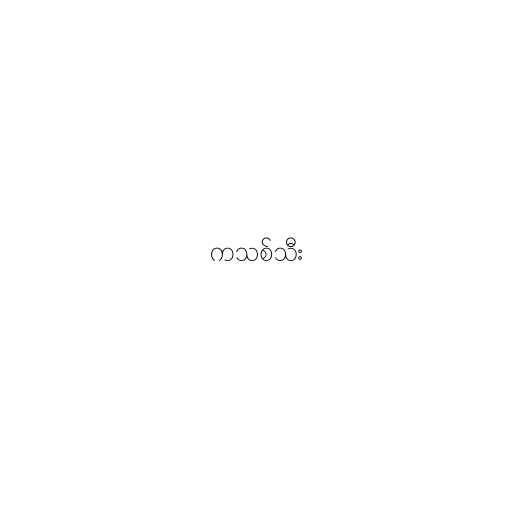
ကသစ်သီး